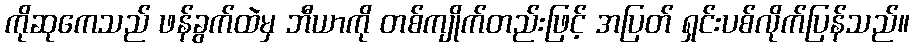
ကိုဆုကေသည် ဖန်ခွက်ထဲမှ ဘီယာကို တစ်ကျိုက်တည်းဖြင့် အပြတ် ရှင်းပစ်လိုက်ပြန်သည်။